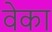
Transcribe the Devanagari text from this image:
वेका